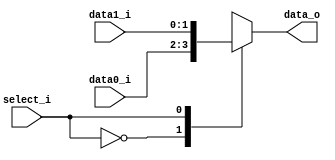

module MUX_2to1(
    data0_i,
    data1_i,
    select_i,
    data_o
    );

parameter size = 0;

//I/O ports
input   [size-1:0] data0_i;
input   [size-1:0] data1_i;
input              select_i;
output  [size-1:0] data_o;

//Internal Signals
reg     [size-1:0] data_o;

always @( * )
begin
    case ( select_i )
        1'b0: data_o = data0_i; 
        1'b1: data_o = data1_i;
    endcase
end

endmodule